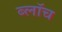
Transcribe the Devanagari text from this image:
ब्लाॅच